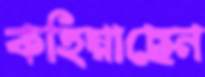
কহিয়াছেন